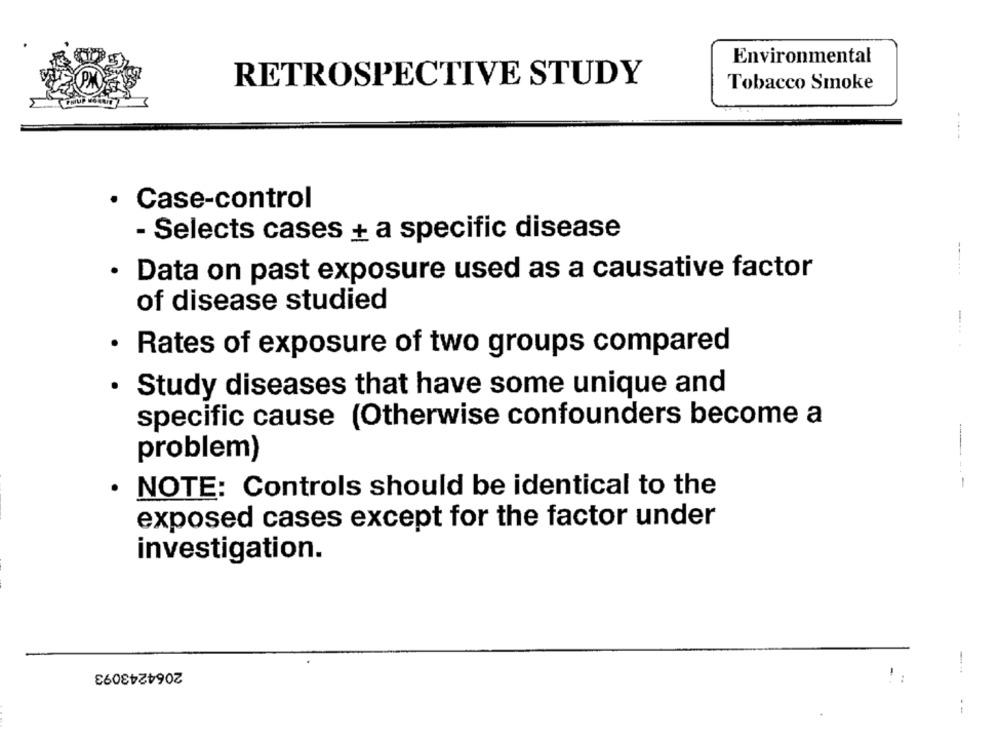
Environmental
RETROSPECTIVE STUDY
Tobacco Smoke
:4 ---
· Case-control
- Selects cases + a specific disease
Data on past exposure used as a causative factor
of disease studied
· Rates of exposure of two groups compared
· Study diseases that have some unique and
specific cause (Otherwise confounders become a
problem)
----
NOTE: Controls should be identical to the
exposed cases except for the factor under
investigation.
2064243093
--
--